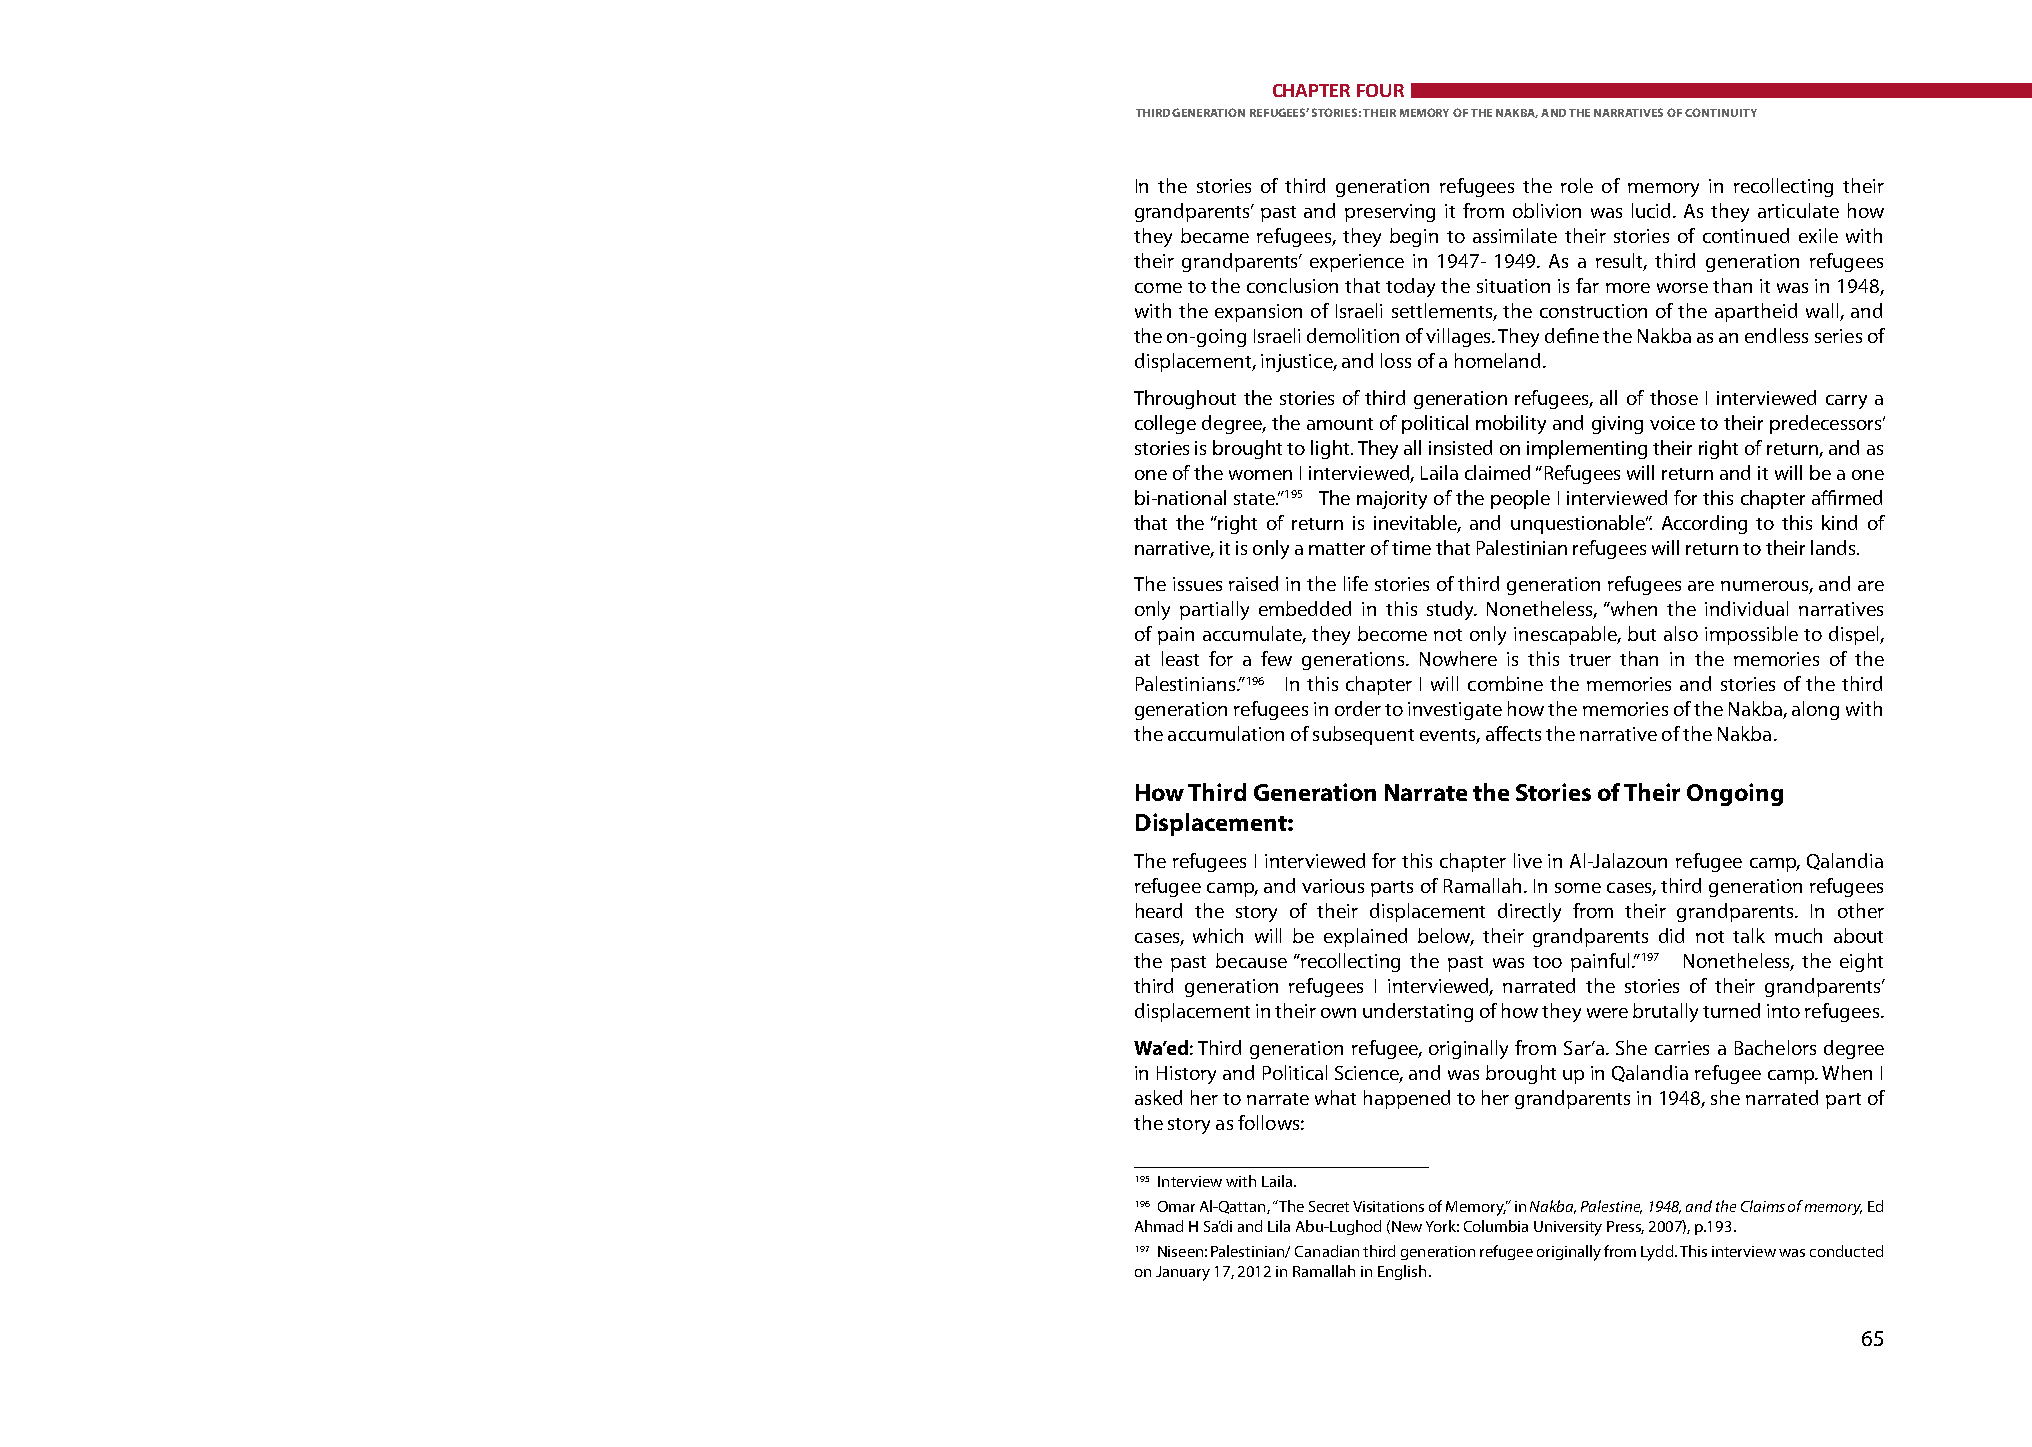
CHAPTER FOUR
 ThIRd GENERATION REfuGEES’ STORIES: ThEIR mEmORY Of ThE NAkBA, ANd ThE NARRATIvES Of CONTINuITY
 In the stories of third generation refugees the role of memory in recollecting their
 grandparents’ past and preserving it from oblivion was lucid. As they articulate how
 they became refugees, they begin to assimilate their stories of continued exile with
 their grandparents’ experience in 1947- 1949. As a result, third generation refugees
 come to the conclusion that today the situation is far more worse than it was in 1948,
 with the expansion of Israeli settlements, the construction of the apartheid wall, and
 the on-going Israeli demolition of villages. They define the Nakba as an endless series of
 displacement, injustice, and loss of a homeland.
 Throughout the stories of third generation refugees, all of those I interviewed carry a
 college degree, the amount of political mobility and giving voice to their predecessors’
 stories is brought to light. They all insisted on implementing their right of return, and as
 one of the women I interviewed, Laila claimed “Refugees will return and it will be a one
 bi-national state.” 195 The majority of the people I interviewed for this chapter affirmed
 that the “right of return is inevitable, and unquestionable”. According to this kind of
 narrative, it is only a matter of time that Palestinian refugees will return to their lands.
 The issues raised in the life stories of third generation refugees are numerous, and are
 only partially embedded in this study. Nonetheless, “when the individual narratives
 of pain accumulate, they become not only inescapable, but also impossible to dispel,
 at least for a few generations. Nowhere is this truer than in the memories of the
 Palestinians.” 196 In this chapter I will combine the memories and stories of the third
 generation refugees in order to investigate how the memories of the Nakba, along with
 the accumulation of subsequent events, affects the narrative of the Nakba.
 how Third Generation Narrate the Stories of Their Ongoing
 displacement:
 The refugees I interviewed for this chapter live in Al-Jalazoun refugee camp, Qalandia
 refugee camp, and various parts of Ramallah. In some cases, third generation refugees
 heard the story of their displacement directly from their grandparents. In other
 cases, which will be explained below, their grandparents did not talk much about
 the past because “recollecting the past was too painful.” 197 Nonetheless, the eight
 third generation refugees I interviewed, narrated the stories of their grandparents’
 displacement in their own understating of how they were brutally turned into refugees.
 Wa’ed: Third generation refugee, originally from Sar’a. She carries a Bachelors degree
 in History and Political Science, and was brought up in Qalandia refugee camp. When I
 asked her to narrate what happened to her grandparents in 1948, she narrated part of
 the story as follows:
 195 Interview with Laila.
 196 Omar Al-Qattan, “The Secret Visitations of Memory,” in Nakba, Palestine, 1948, and the Claims of memory, Ed
 Ahmad H Sa’di and Lila Abu-Lughod (New York: Columbia University Press, 2007), p.193.
 197 Niseen: Palestinian/ Canadian third generation refugee originally from Lydd. This interview was conducted
 on January 17, 2012 in Ramallah in English.
 65